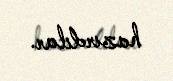
hazırdılar.